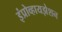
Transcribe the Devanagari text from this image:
इंप्रोव्हायझेशन